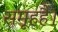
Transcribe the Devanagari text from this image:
समूहहै।